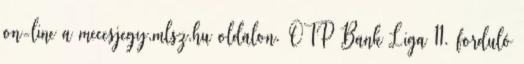
on-line a meccsjegy.mlsz.hu oldalon. OTP Bank Liga 11. forduló